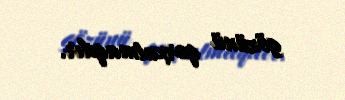
gözünü qorxutmaqdır.